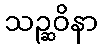
သဉ္ဆဝိနာ